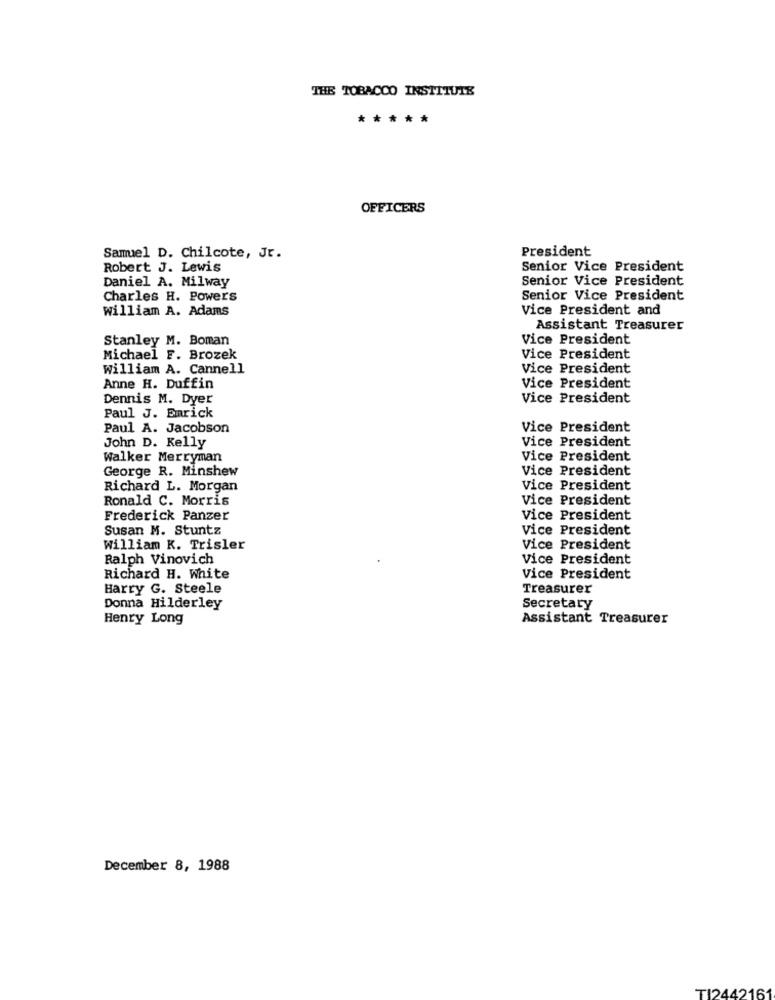
THE TOBACCO INSTITUTE
*****
OFFICERS
President
Samuel D. Chilcote, Jr.
Robert J. Lewis
Senior Vice President
Senior Vice President
Daniel A. Milway
Charles H. Powers
Senior Vice President
william A. Adams
Vice President and
Assistant Treasurer
Stanley M. Boman
Vice President
Michael F. Brozek
Vice President
william A. Cannell
Vice President
Anne H. Duffin
Vice President
Dennis M. Dyer
Vice President
Paul J. Emrick
Paul A. Jacobson
Vice President
Vice President
John D. Kelly
Walker Merryman
Vice President
George R. Minshew
Vice President
Richard L. Morgan
Vice President
Ronald C. Morris
Vice President
Frederick Panzer
Vice President
Susan M. Stuntz
Vice President
William K. Trisler
Vice President
Ralph Vinovich
Vice President
Richard H. White
Vice President
Harry G. Steele
Treasurer
Donna Hilderley
Secretary
Henry Long
Assistant Treasurer
December 8, 1988
TI2442161